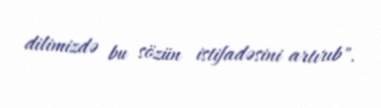
dilimizdə bu sözün istifadəsini artırıb".